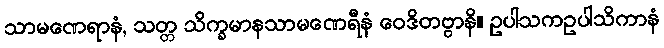
သာမဏေရာနံ, သတ္တ သိက္ခမာနသာမဏေရီနံ ဝေဒိတဗ္ဗာနိ။ ဥပါသကဥပါသိကာနံ